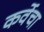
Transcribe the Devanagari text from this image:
कर्वेचा